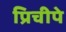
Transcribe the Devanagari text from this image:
प्रिचीपे